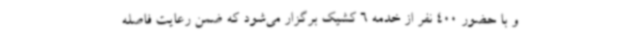
و با حضور 400 نفر از خدمه 6 کشیک برگزار می‌شود که ضمن رعایت فاصله